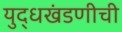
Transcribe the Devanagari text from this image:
युद्धखंडणीची